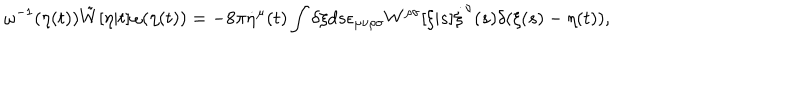
\omega ^ { - 1 } ( \eta ( t ) ) \tilde { W } [ \eta | t ] \omega ( \eta ( t ) ) = - 8 \pi \dot { \eta } ^ { \mu } ( t ) \int \delta \xi d s \epsilon _ { \mu \nu \rho \sigma } W ^ { \rho \sigma } [ \xi | s ] \dot { \xi } ^ { \nu } ( s ) \delta ( \xi ( s ) - \eta ( t ) ) ,